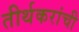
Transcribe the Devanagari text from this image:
तीर्थकरांची